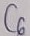
Text: C6